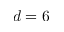
d = 6